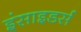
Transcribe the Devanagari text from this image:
इंसाइडर्स